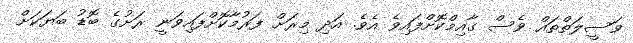
ވަސީލަތްތައް ވެސް ގާއިމްކޮށްފައިވެ އެވެ. އަދި މިރަށް ފަރުމާކޮށްފައިވަނީ ރަށުގެ ބޮޑު ބަޔަކަށް